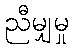
ညီမျှမှု